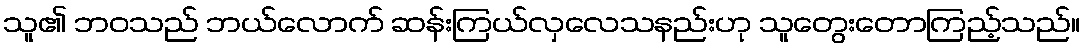
သူ၏ ဘဝသည် ဘယ်လောက် ဆန်းကြယ်လှလေသနည်းဟု သူတွေးတောကြည့်သည်။